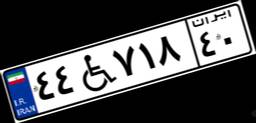
۴۴W۷۱۸۴۰